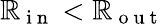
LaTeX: \mathbb{R}_{\mathrm{{~i~n~}}}<\mathbb{R}_{\mathrm{{~o~u~t~}}}